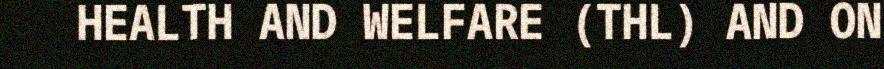
HEALTH AND WELFARE (THL) AND ON